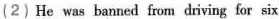
(2)He was banned from driving for six